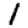
Digit: 1